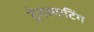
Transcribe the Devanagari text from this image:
ट्रेनस्पाटिंग